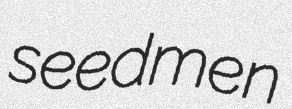
seedmen